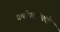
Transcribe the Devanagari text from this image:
वर्षांपलीकडे